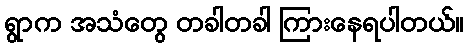
ရွာက အသံတွေ တခါတခါ ကြားနေရပါတယ်။